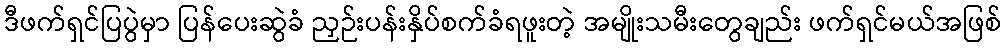
ဒီဖက်ရှင်ပြပွဲမှာ ပြန်ပေးဆွဲခံ ညှဉ်းပန်းနှိပ်စက်ခံရဖူးတဲ့ အမျိုးသမီးတွေချည်း ဖက်ရှင်မယ်အဖြစ်